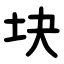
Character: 块